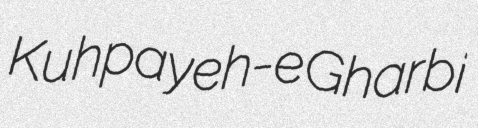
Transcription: Kuhpayeh-e Gharbi